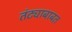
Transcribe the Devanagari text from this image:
तंट्याबाबत